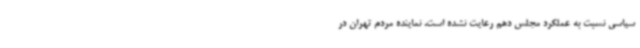
سیاسی نسبت به عملکرد مجلس دهم رعایت نشده است. نماینده مردم تهران در